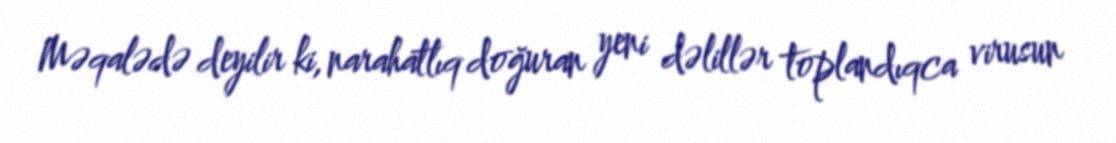
Məqalədə deyilir ki, narahatlıq doğuran yeni dəlillər toplandıqca virusun